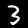
Digit: 3